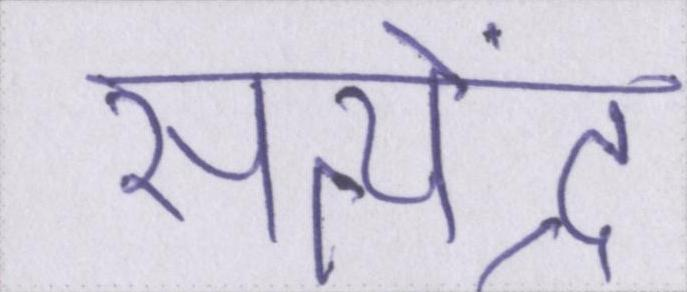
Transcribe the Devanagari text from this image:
सत्येंद्र